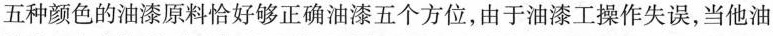
五种颜色的油漆原料恰好够正确油漆五个方位，由于油漆工操作失误，当他油